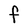
Character: F